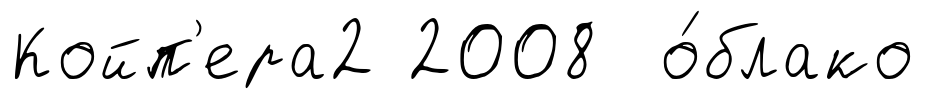
Койп'ера2 2008 о́блако